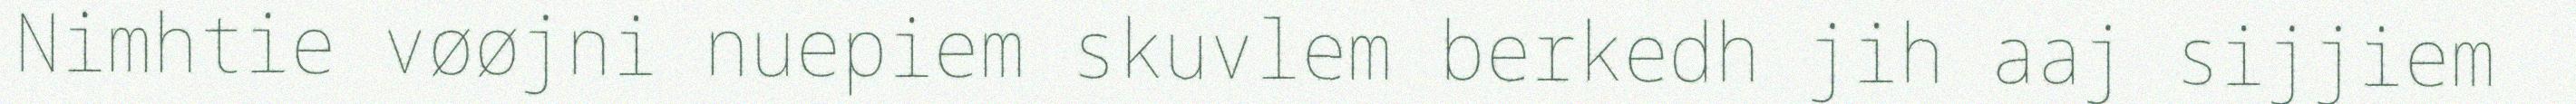
Nimhtie vøøjni nuepiem skuvlem berkedh jih aaj sijjiem